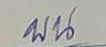
บน